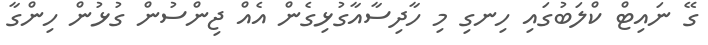
ގޭ ނައިޓް ކްލަބުގައި ހިނގި މި ހާދިސާއާގުޅިގެން އެއް ޖިންސުން ގުޅުން ހިންގާ